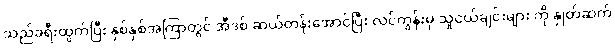
သည်ခရီးထွက်ပြီး နှစ်နှစ်အကြာတွင် အီဒစ် ဆယ်တန်းအောင်ပြီး လင်ကွန်းမှ သူငယ်ချင်းများ ကို နှုတ်ဆက်